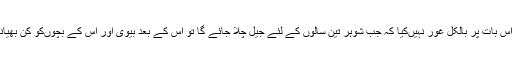
اس بل کے نمونہ سے پتہ چلتا ہے کہ سرکار نے اس بات پر بالکل غور نہیںکیا کہ جب شوہر تین سالوں کے لئے جیل چلا جائے گا تو اس کے بعد بیوی اور اس کے بچوںکو کن بھیانک صورت حال اور مسائل کا سامنا کرنا پڑے گا۔